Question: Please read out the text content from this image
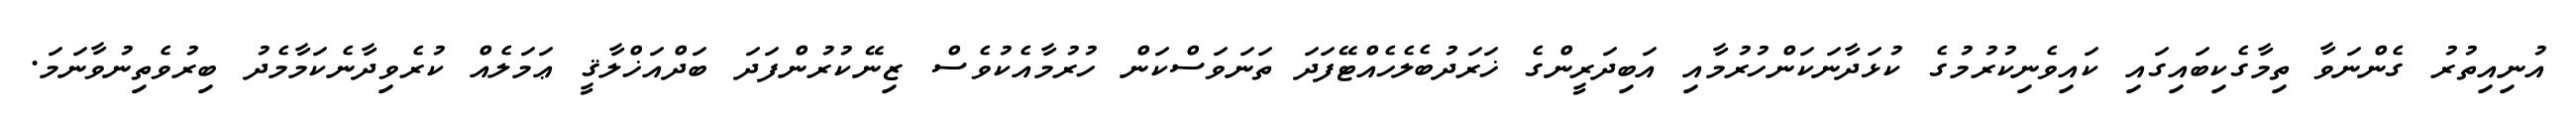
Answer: އުނިއިތުރު ގެންނަވާ ތިމާގެކިބައިގައި ކައިވެނިކުރުމުގެ ކުޅަދާނަކަންހުރުމާއި އަބިދަރީންގެ ޚަރަދުބެލެހެއްޓޭފަދަ ތަނަވަސްކަން ހުރުމާއެކުވެސް ޒިނޭކުރުންފަދަ ބަދްއަޚްލާޤީ ޢަމަލެއް ކުރެވިދާނެކަމާމެދު ބިރުވެތިނުވާނަމަ.